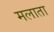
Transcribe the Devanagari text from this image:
मलाता